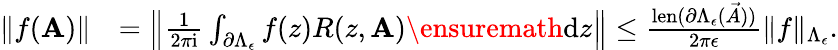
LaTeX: \begin{array}{rl}{\| f(\mathbf{A})\| }&{=\left\| \frac{1}{2\pi\mathrm{i}}\int_{\partial\Lambda_{\epsilon}}f(z)R(z,\mathbf{A})\ensuremath{\mathrm{d}z}\right\| \leq\frac{\operatorname{len}(\partial\Lambda_{\epsilon}(\vec{A}))}{2\pi\epsilon}\| f\| _{\Lambda_{\epsilon}}.}\end{array}